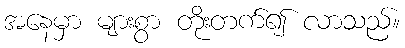
အနေမှာ များစွာ တိုးတက်၍ လာသည်။